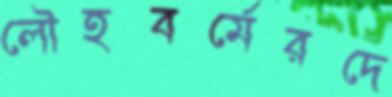
লৌহবর্মেরদে